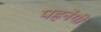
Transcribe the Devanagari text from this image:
पहनेंगी